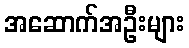
အဆောက်အဦးများ